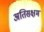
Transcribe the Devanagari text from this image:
अतिसक्षम